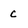
Character: c